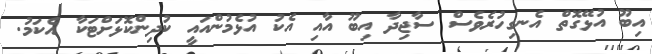
އިބޫ އުޅޭގޮތް އެނގިހުރެވެސް ސާޖިދާ އިބޫ އާއި އެކު އުޅެމުންއައީ ކުދިންކޮޅަށްޓަކާ އެކަމު.